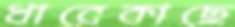
ধারেকাছে